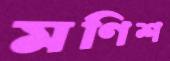
মণিশ